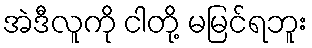
အဲဒီလူကို ငါတို့ မမြင်ရဘူး